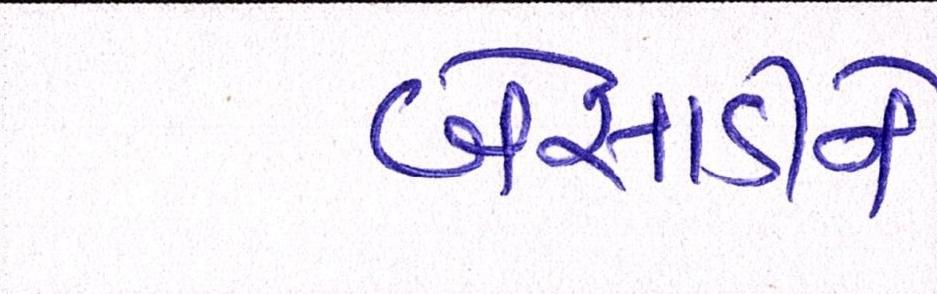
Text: બેસાડીને